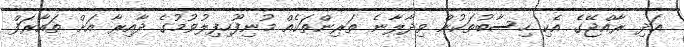
އަދި ރާއްޖޭގެ އެކި ހިސާބުތަކުން ވިދާލާނެ ތަރިންތަކެއް މުނިފޫހިފިލުވުމުގެ ދާއިރާ އަށް ތައާރަފް